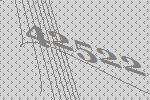
42522